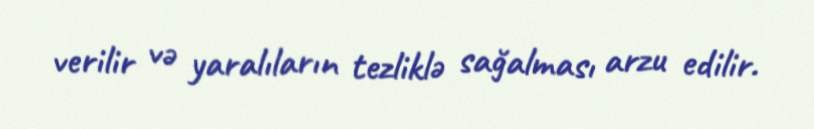
verilir və yaralıların tezliklə sağalması arzu edilir.